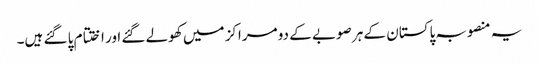
یہ منصوبہ پاکستان کے ہر صوبے کے دو مراکز میں کھولے گئے اور اختتام پا گئے ہیں۔